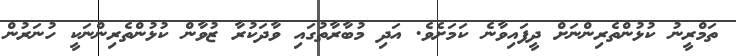
ތަމްރީނު ކުޅުންތެރިންނަށް ދީފައިވާނެ ކަމަށެވެ. އަދި މުބާރާތުގައި ވާދަކުރާ ޒުވާން ކުޅުންތެރިންނަކީ ހުނަރުން